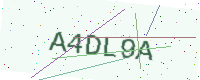
Text: A4DL9A